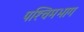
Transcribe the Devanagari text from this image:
पश्‍चिमभाग